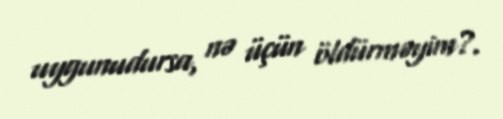
uygunudursa, nə üçün öldürməyim?.